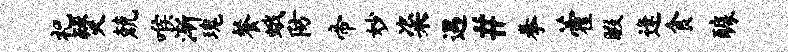
祀燹兢喉渐瑰餐蛾防帝妙粢遇#拳藿暇逢食醵